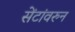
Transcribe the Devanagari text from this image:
सेंटांवरुन